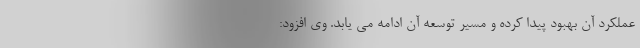
عملکرد آن بهبود پیدا کرده و مسیر توسعه آن ادامه می یابد. وی افزود: